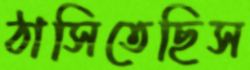
ঠাসিতেছিস